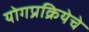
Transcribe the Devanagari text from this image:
योगप्रक्रियेचे